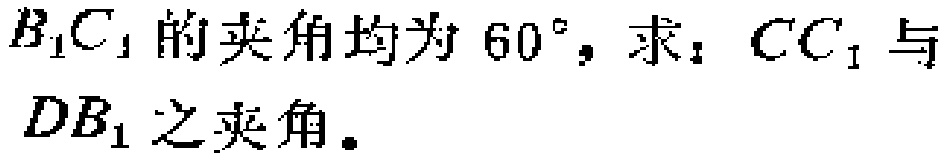
$B_{1}C_{1}$的夹角均为$60^{\circ}$，求：$CC_{1}$与$DB_{1}$之夹角。